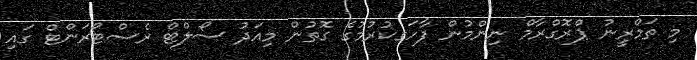
މި ތަމްރީނު ޕްރޮގްރާމް ނިންމުން ފާހަގކުރުމުގެ ގޮތުން މިއަދު ސޯލްޓް ރެސްޓޯރަންޓް ގައި